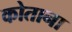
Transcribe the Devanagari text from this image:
कोताना